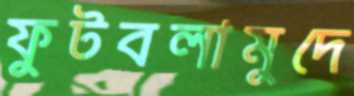
ফুটবলামুদে